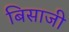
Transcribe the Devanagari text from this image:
बिसाजी